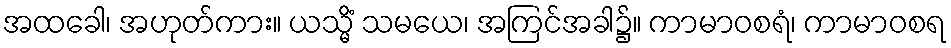
အထခေါ၊ အဟုတ်ကား။ ယသ္မိံ သမယေ၊ အကြင်အခါ၌။ ကာမာဝစရံ၊ ကာမာဝစရ